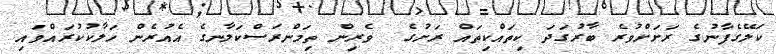
ކަލޭގެފާނުގެ ރަށަށްވުރެ ބާރުގަދަ ކިތައްކިތައް ރަށުގެ  ވެރިން ތިމަންރަސްކަލާނގެ އެއުރެން ހަލާކުކުރައްވައި